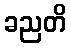
ခညတိ